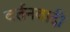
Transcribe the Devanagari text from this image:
वर्तनवादी